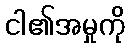
ငါ၏အမှုကို